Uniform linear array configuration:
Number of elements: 12
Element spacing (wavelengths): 1
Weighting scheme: binomial
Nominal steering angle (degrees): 60
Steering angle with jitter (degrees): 58.301
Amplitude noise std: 0.05
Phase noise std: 0.05

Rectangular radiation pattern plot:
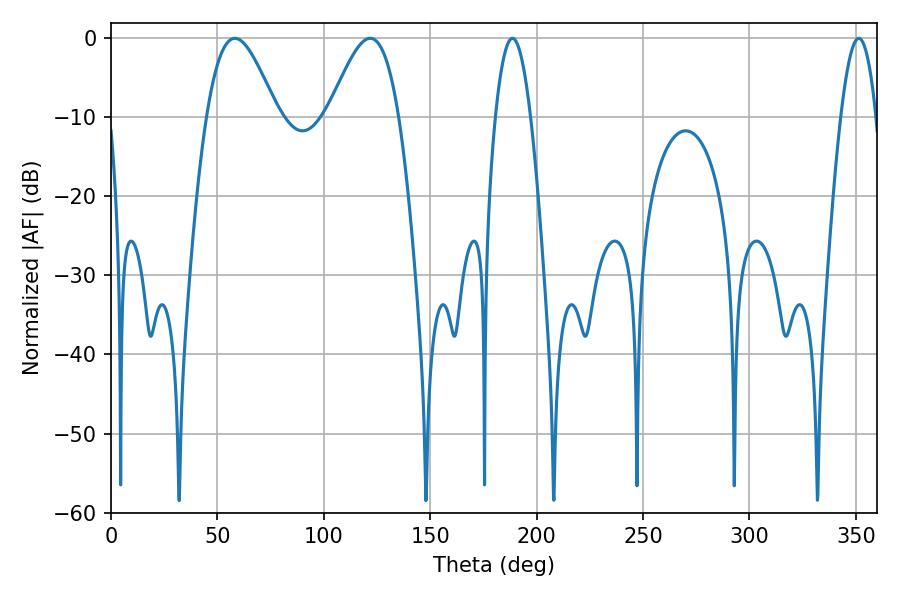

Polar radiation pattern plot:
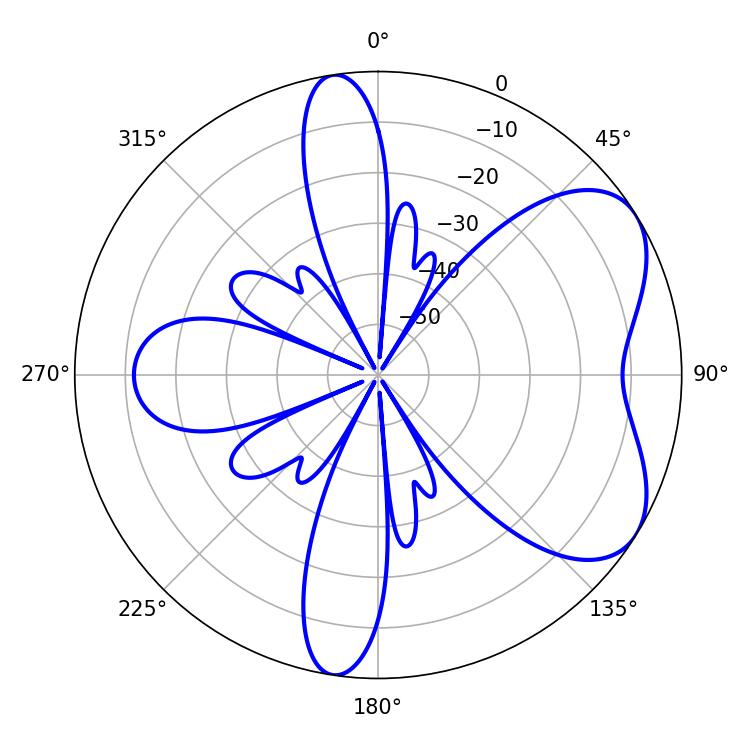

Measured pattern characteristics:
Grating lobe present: TRUE
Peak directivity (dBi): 5.776
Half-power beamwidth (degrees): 9
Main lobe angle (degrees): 188.64